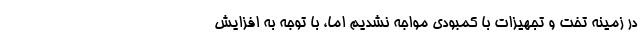
در زمینه تخت و تجهیزات با کمبودی مواجه نشدیم اما، با توجه به افزایش